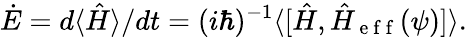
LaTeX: \dot{E}=d\langle\hat{H}\rangle/dt=(i\hbar)^{-1}\langle\lbrack\hat{H},\hat{H}_{\mathrm{~e~f~f~}}(\psi)]\rangle.